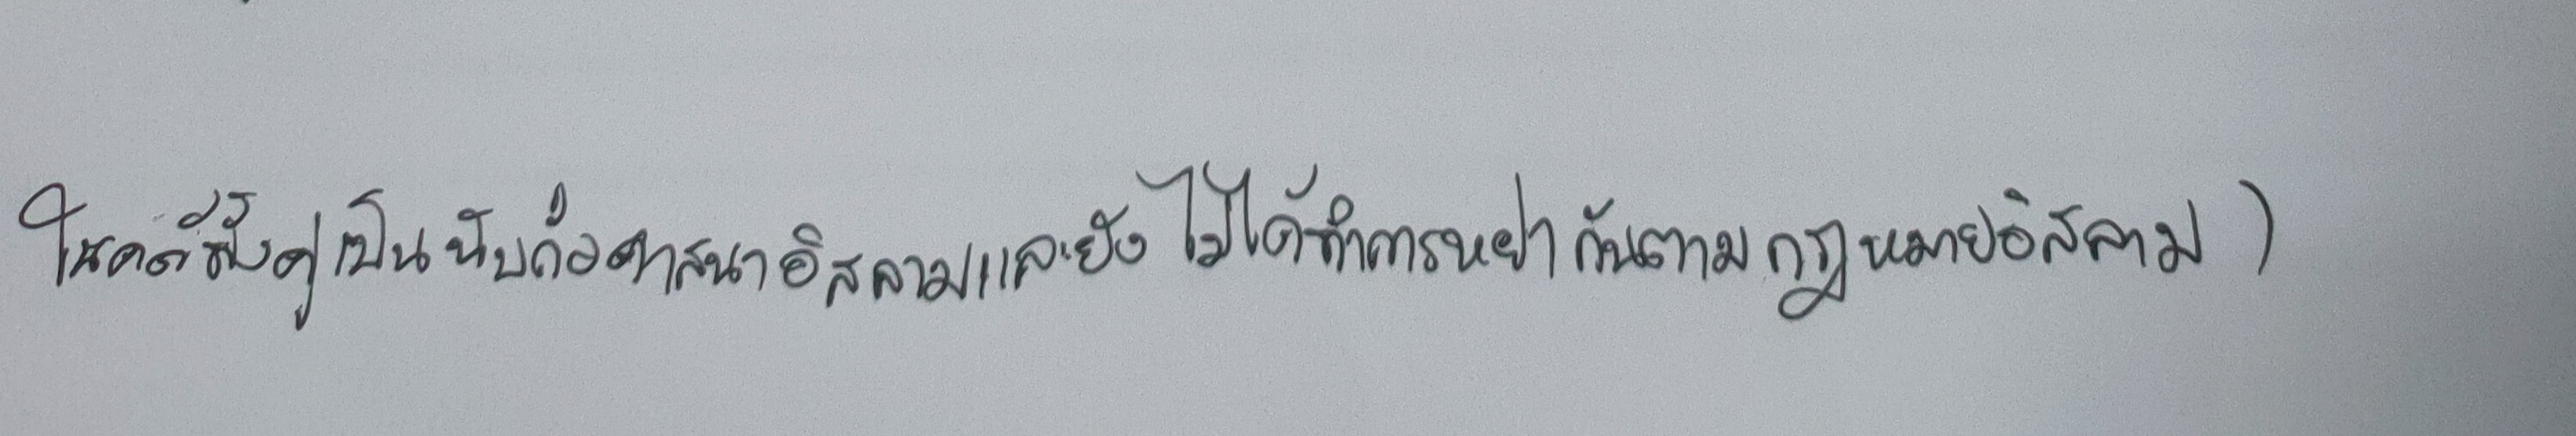
(ในคดีนี้ทั้งคู่เป็นนับถือศาสนาอิสลามและยังไม่ได้ทำการหย่ากันตามหลักกฎหมายอิสลาม)